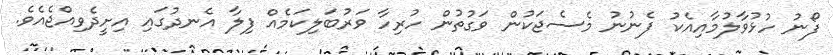
ފޯނު ހުޅުވާލުމާއިއެކު ފެނުނު މެސެޖަކުން ވަގުތުން ހުރިހާ ވަރުބަލިކަމެއް ފިލާ އެނދުގައި އިށީދެވިއްޖެއެވެ.